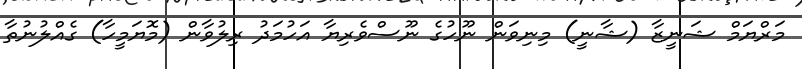
މަރްޔަމް ޝަނީޒާ (ޝާނީ) މިނިވަން ނޫހުގެ ނޫސްވެރިޔާ އަހުމަދު ރިލުވާން (މޮޔަމީހާ) ގެއްލުނުތާ